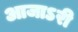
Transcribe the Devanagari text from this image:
आजाऽरी